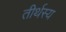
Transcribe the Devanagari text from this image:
तीर्थस्य